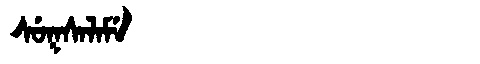
Manchu: ᠰᡠᡴᠰᠠᠯᠠᠮᡝ
Romanization: SUKSALAME